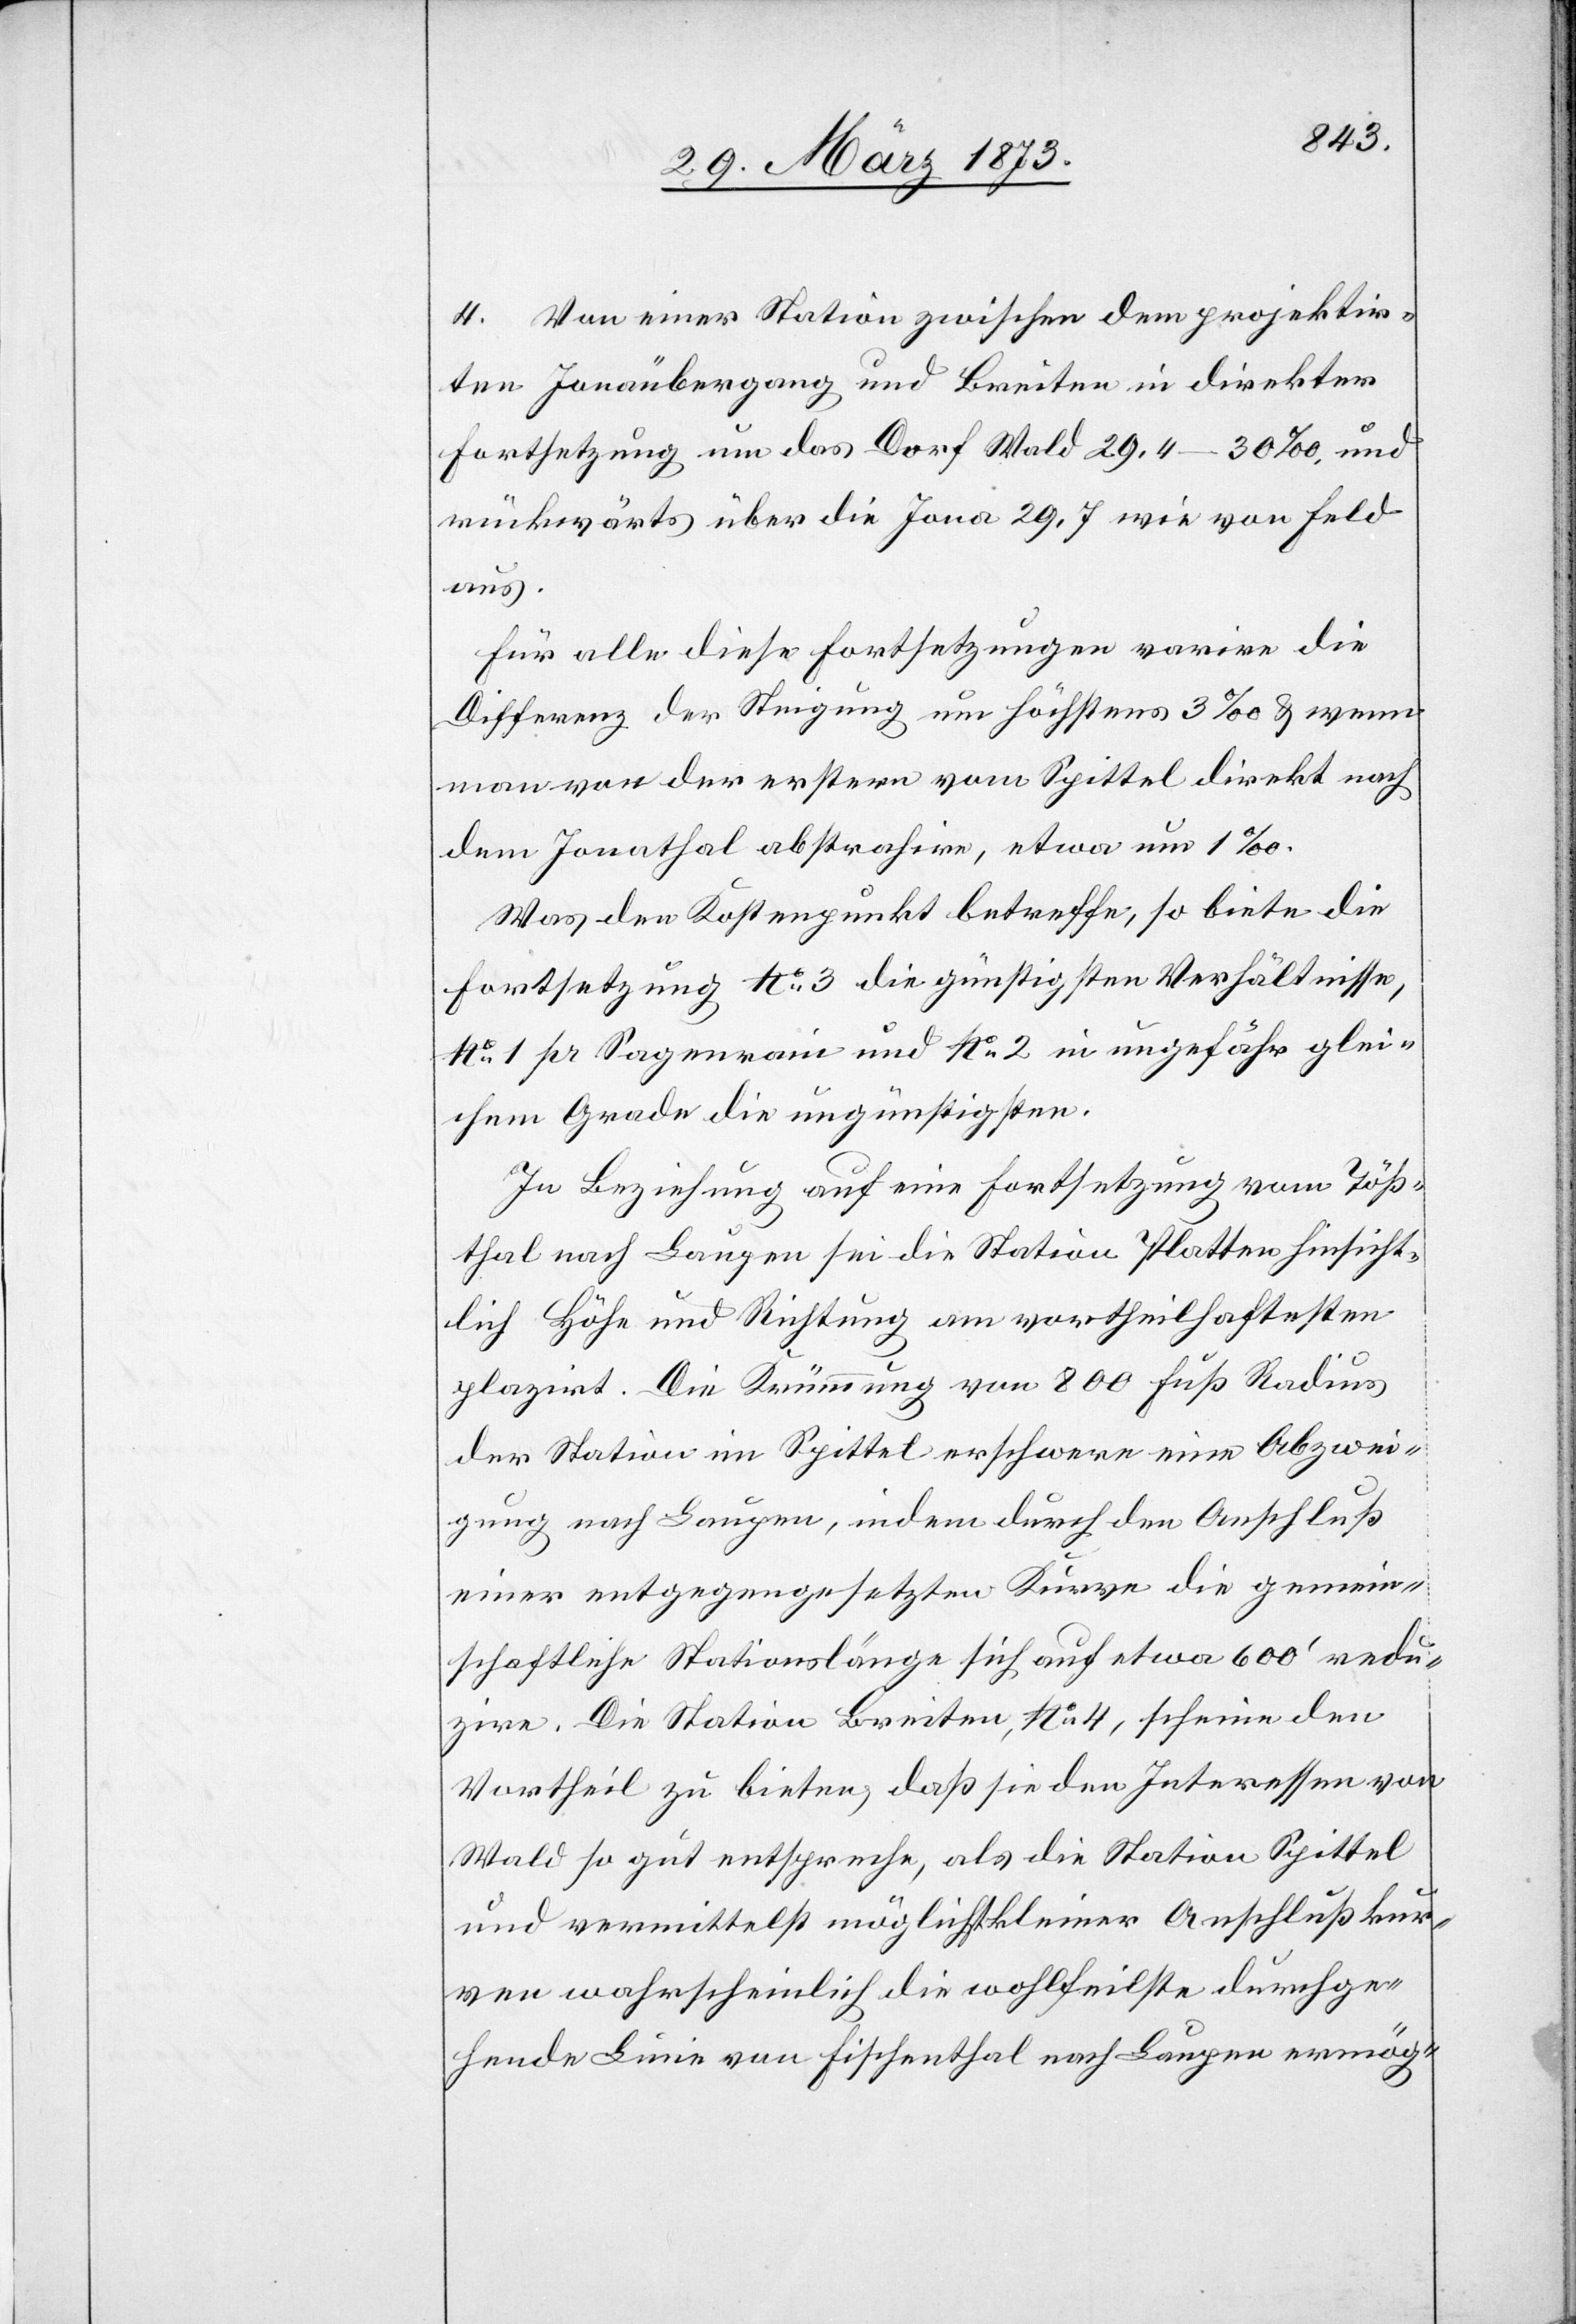
4. Von einer Station zwischen dem projektir¬
ten Jonaübergang und Breiten in direkter
Fortsetzung um das Dorf Wald 29.4–30‰, und
rückwärts über die Jona 29,7 wie von Feld
aus.
Für alle diese Fortsetzungen varire die
Differenz der Steigung um höchstens 3‰ u. wenn
man von der erstern vom Spittel direkt nach
dem Jonathal abstrahire, etwa 1‰.
Was den Kostenpunkt betreffe, so biete die
Fortsetzung No 3 die günstigsten Verhältnisse,
No 1 pr Sagenrain und No 2 in ungefähr glei¬
chem Grade die ungünstigsten.
In Beziehung auf eine Fortsetzung vom Töß¬
thal nach Laugen sei die Station Platten hinsicht¬
lich Höhe und Richtung am vortheilhaftesten
plazirt. Die Krümmung von 800 Fuß Radius
der Station im Spittel erschwere eine Abzwei¬
gung nach Laugen, indem durch den Anschluß
einer entgegengesetzten Kurve die gemein¬
schaftliche Stationslänge sich auf etwa 600’ redu¬
zire. Die Station Breiten, No 4, scheine den
Vortheil zu bieten, daß sie den Interessen von
Wald so gut entspreche, als die Station Spittel
und vermittelst möglichst kleiner Anschlußkur¬
ven wahrscheinlich die wohlfeilste durchge¬
hende Linie von Fischenthal nach Laugen ermög-